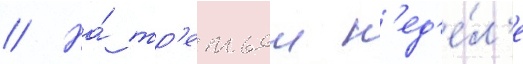
// На́ тр'етьеи н'ед'е́л'е